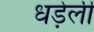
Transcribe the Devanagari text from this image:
धड़ेली